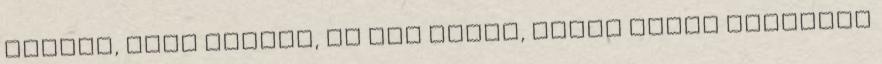
kábább, mint valaha, de már tudom, mivel lehet feldobni